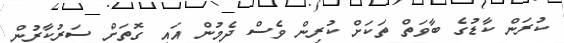
ކުރަން ކާޑުގެ ބާވަތް ތަކަށް ކުރިން ވެސް ދެމުން އައި ގޮތަށް ސަރުކާރުން